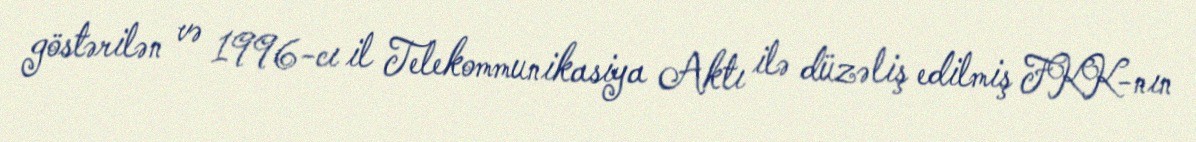
göstərilən və 1996-cı il Telekommunikasiya Aktı ilə düzəliş edilmiş FKK-nın